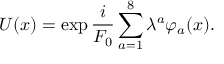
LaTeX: U ( x ) = \exp \frac { i } { F _ { 0 } } \sum _ { a = 1 } ^ { 8 } \lambda ^ { a } \varphi _ { a } ( x ) .